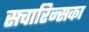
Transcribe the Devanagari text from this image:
सचारिन्सका